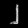
Digit: ၂